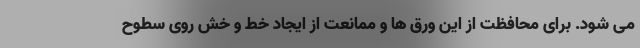
می شود. برای محافظت از این ورق ها و ممانعت از ایجاد خط و خش روی سطوح